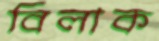
বিলাক